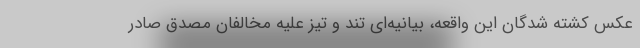
عکس کشته شدگان این واقعه، بیانیه‌ای تند و تیز علیه مخالفان مصدق صادر